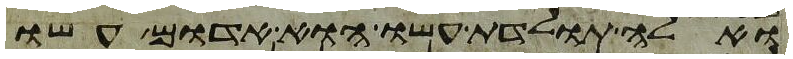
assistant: ואלה תולדת עשו הוא אדום עשו